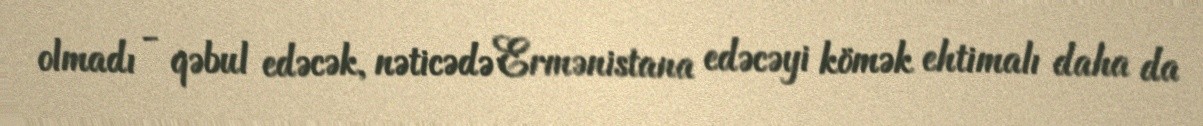
olmadı - qəbul edəcək, nəticədə Ermənistana edəcəyi kömək ehtimalı daha da